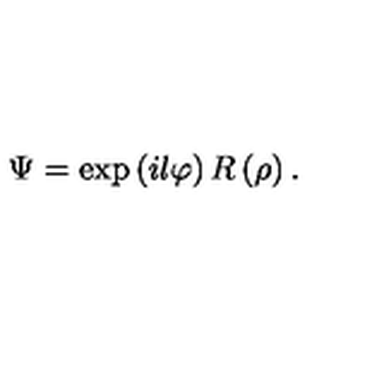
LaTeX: \Psi = \exp \left( i l \varphi \right) R \left( \rho \right) .